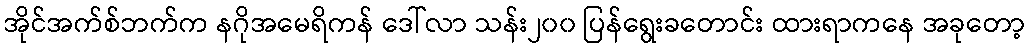
အိုင်အက်စ်ဘက်က နဂိုအမေရိကန် ဒေါ်လာ သန်း၂၀၀ ပြန်ရွေးခတောင်း ထားရာကနေ အခုတော့